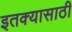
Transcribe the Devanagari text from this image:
इतक्यासाठी